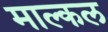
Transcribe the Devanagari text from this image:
माल्कल